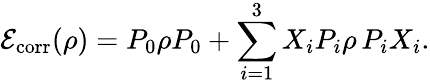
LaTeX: {\mathcal{E}}_{\operatorname{corr}}(\rho)=P_{0}\rho P_{0}+\sum_{i=1}^{3}X_{i}P_{i}\rho\, P_{i}X_{i}.